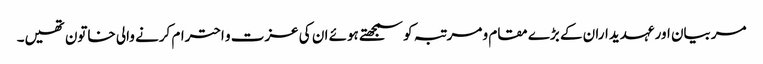
مربیان اور عہدیداران کے بڑے مقام و مرتبہ کو سمجھتے ہوئے ان کی عزت و احترام کرنے والی خاتون تھیں۔